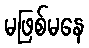
မဖြစ်မနေ